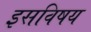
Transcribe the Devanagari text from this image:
इसविषय